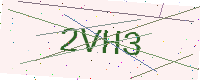
Text: 2VH3